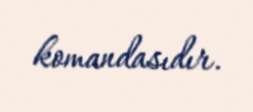
komandasıdır.